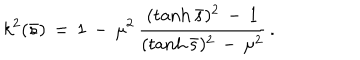
k ^ { 2 } ( \bar { s } ) \, = \, 1 \, - \, \mu ^ { 2 } \, \frac { ( \tanh \bar { s } ) ^ { 2 } \, - \, 1 } { ( \tanh \bar { s } ) ^ { 2 } \, - \, \mu ^ { 2 } } \, { . }